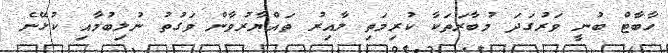
ހާބާޓް ބުނީ ވަރުގަދަ މުބާރަތަކާ ކުރިމަތި ލާއިރު ތައްޔާރުވާން ވަގުތު ނުލިބުމާއި ކުޅޭނެ